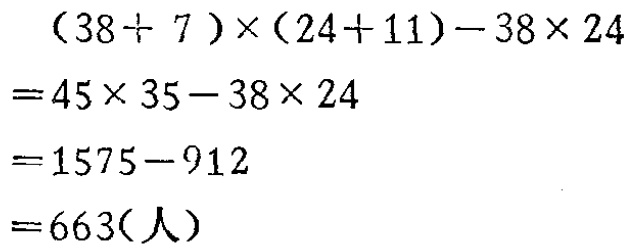
\[
\begin{align*}
&(38 + 7)\times(24 + 11)-38\times24\\
=&45\times35-38\times24\\
=&1575 - 912\\
=&663(人)
\end{align*}
\]